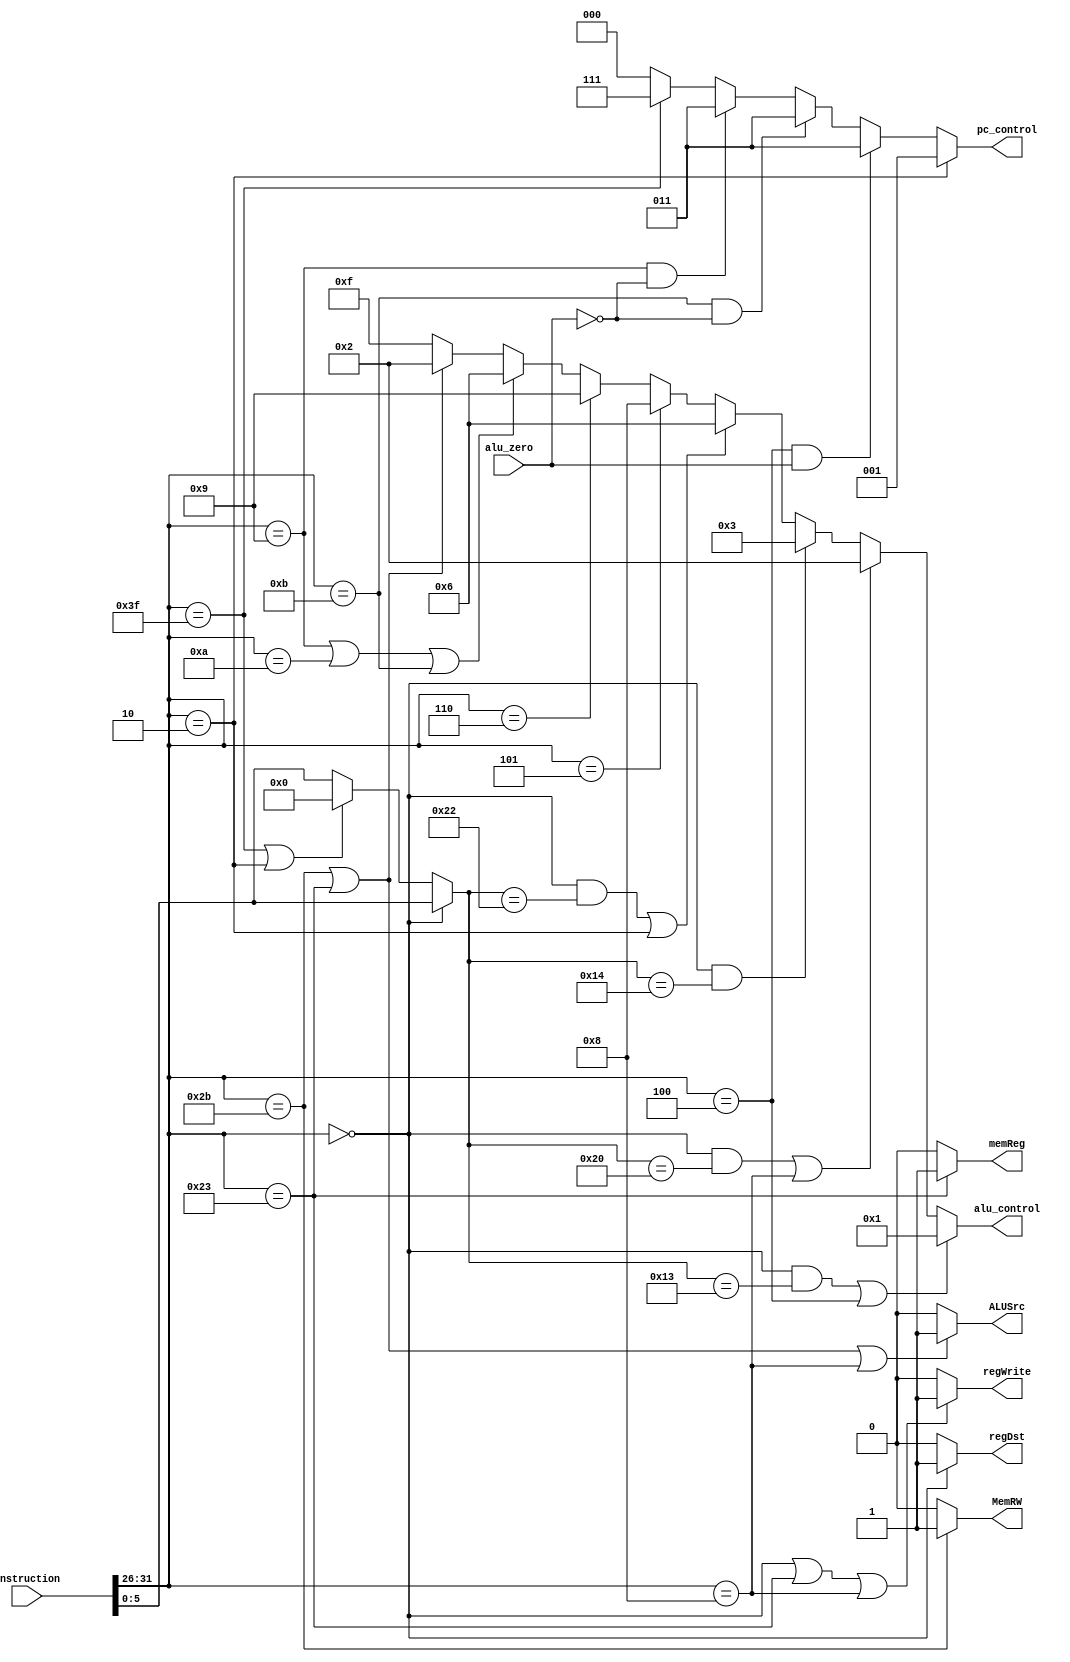
module control
(
	instruction,
	MemRW,
	regWrite,
	memReg,
	regDst,
	ALUSrc,
	alu_control,
	alu_zero,
	pc_control
);


        input[31:0] instruction;
	input alu_zero; 

        output MemRW;
	output regWrite;
	output memReg;
	output regDst;
	output ALUSrc;
	output[3:0] alu_control;
	output[2:0] pc_control;
	
	//reg
	reg MemRW;
	reg regWrite;
	reg memReg;
	reg regDst;
	reg ALUSrc;
	reg [3:0] alu_control;
	reg [2:0] pc_control;
    
   
	reg [25:0] address;
	reg [5:0] funct;
	reg [15:0] immediate;
    	reg [4:0] rs;
    	reg [4:0] rt;
    	reg [4:0] rd;
    	reg [4:0] shamt;
    	reg [2:0] type;
	
	wire [5:0] op;
	
	assign op = instruction[31:26]; // Set the opcode
	
	always @(*)
	begin		
		if (op == 6'h0) begin // R format
			address	  = 26'b00000000000000000000000000;
			immediate = 16'b0000000000000000;
			rs = instruction[25:21];
			rt = instruction[20:16];
			rd = instruction[15:11];
			shamt = instruction[10:6];
			type  = 3'b001;
			funct = instruction[5:0];
		end 

		else if (op == 6'h3F || op == 6'h02) begin // J format
			address = instruction[25:0];
			immediate = 16'b0000000000000000;
			rs = 5'b00000;
			rt = 5'b00000;
			rd = 5'b00000;
			shamt= 5'b00000;
			type = 3'b100;
			funct= 6'b000000;
		end 

		else begin // I format
			address = 26'b00000000000000000000000000;
			immediate = instruction[15:0];
			rs = instruction[25:21];
			rt = instruction[20:16];
			rd = 5'b00000;
			shamt= instruction[10:6];
			type = 3'b010;
			funct= instruction[5:0];
		end
	
	
	//alu control
		
		if ((op == 6'h0 && funct == 6'h13) || op == 6'h04) begin // OR & ORI
			alu_control = 4'b0001;
		end else if (((op == 6'h0) && (funct == 6'h20)) || (op == 6'h08)) begin // ADD & ADDI
			alu_control = 4'b0010; 
		end else if ((op == 6'h0 && funct == 6'h14)) begin // XOR
			alu_control = 4'b0011;
		end else if ((op == 6'h0 && funct == 6'h22) || op == 6'h02) begin // SUB & SUBI - unsigned
			alu_control = 4'b0110;
		end else if (op == 6'h05) begin // SLL
			alu_control = 4'b1000;
		end else if (op == 6'h06) begin // SRL
			alu_control = 4'b1001;
		end else if (op == 6'h09 || op == 6'h0A || op == 6'h0B) begin // SUB - signed - AND bne, beq, blt
			alu_control = 4'b0110;
		end else if (op == 6'h2b || op == 6'h23) begin // LW, SW
			alu_control = 4'b0010;
       		 end else begin
			alu_control = 4'b1111;
		end		

		//MemWrite
		if (op == 6'h2b) begin // store word
			MemRW = 1'b1;
		end 
		else begin // no write
			MemRW = 1'b0;
		end
		
		//RegWrite
		if (op == 6'h0 || op == 6'h23 || op == 6'h08 ) begin // R, lw, I
			regWrite = 1;
		end 
		else begin // Otherwise 1
			regWrite = 0;
		end
		
		
		//MemtoReg
		if (op == 6'h23) begin //load word
			memReg = 1;
		end
		else begin
			memReg = 0;
		end
		
		
		//RegDst
		if (op == 6'h0) begin // R format
			regDst = 1;
		end 
		else begin // I format or other
			regDst = 0;
		end
		
		//ALUSrc
		if (op == 6'h23 || op == 6'h2b || op == 6'h08) begin // R format or brach
			ALUSrc = 1;
		end else begin // I or J format
			ALUSrc = 0;
		end
		
		//pc_control
		if (op == 6'h02) begin // jmp
			pc_control = 3'b001;
		end else if (op == 6'h04 && alu_zero == 1) begin // beq
				pc_control = 3'b011;	
		end else if (op == 6'h0B && alu_zero == 0) begin // bne
				pc_control = 3'b011;
		end else if (op == 6'h09 && alu_zero == 0) begin //blt
				pc_control = 3'b011;
		end else if (op == 6'h3F) begin //halt
				pc_control = 3'b111;
        	end else begin 
			pc_control = 3'b000;
		end
		
		
	end
	
 endmodule